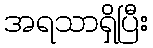
အရသာရှိပြီး